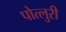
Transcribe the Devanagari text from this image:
पोत्लुरी